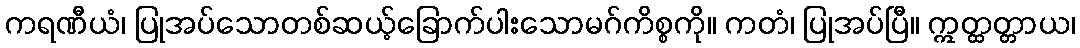
ကရဏီယံ၊ ပြုအပ်သောတစ်ဆယ့်ခြောက်ပါးသောမဂ်ကိစ္စကို။ ကတံ၊ ပြုအပ်ပြီ။ ဣတ္ထတ္တာယ၊